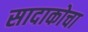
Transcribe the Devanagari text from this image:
सादाकोचा